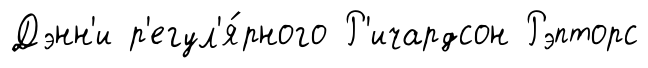
Дэнн'и р'егул'я́рного Р'ичардсон Рэпторс